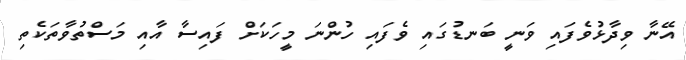
އޭނާ ވިދާޅުވެފައި ވަނީ ބަނޑުގައި ވެފައި ހުންނަ މީހަކަށް ފައިސާ އާއި މަސްތުވާތަކެތި